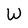
Character: W